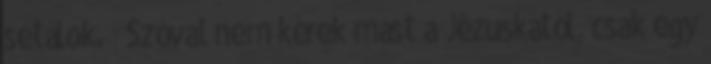
sétálok.❤ Szóval nem kérek mást a Jézuskától, csak egy